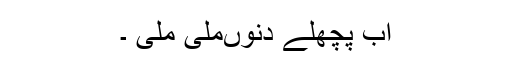
اب پچھلے دنوںمِلی ملی ۔